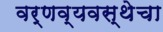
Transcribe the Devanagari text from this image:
वर्णव्यवस्थेचा